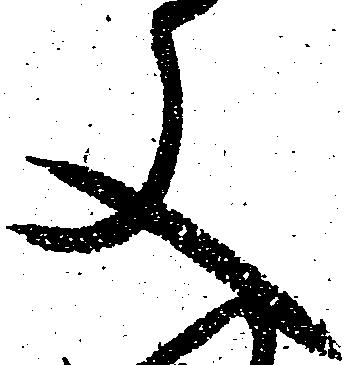
又